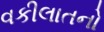
વકીલાતનો